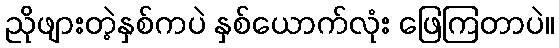
ညိုဖျားတဲ့နှစ်ကပဲ နှစ်ယောက်လုံး ဖြေကြတာပဲ။